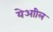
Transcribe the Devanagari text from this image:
येआील